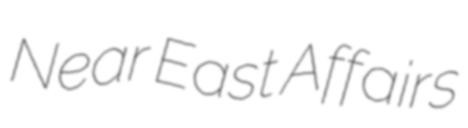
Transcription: Near East Affairs